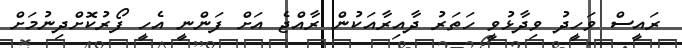
ރައީސް ވަހީދު ވިދާޅުވީ ހަތަރު ދާއިރާއަކުން ރާއްޖެ އަށް ފަންނީ އެހީ ފޯރުކޮށްދިނުމަށް